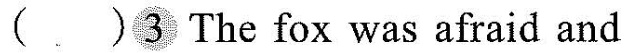
（ )3 The fox was afraid and